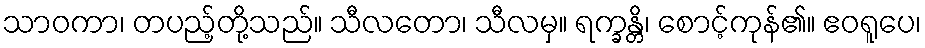
သာဝကာ၊ တပည့်တို့သည်။ သီလတော၊ သီလမှ။ ရက္ခန္တိ၊ စောင့်ကုန်၏။ ဧဝရူပေ၊